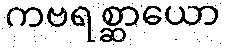
ကဗရစ္ဆာယော